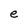
Character: e